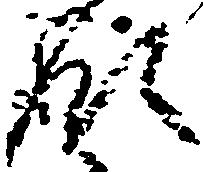
領